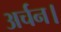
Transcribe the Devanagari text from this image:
अर्चन।